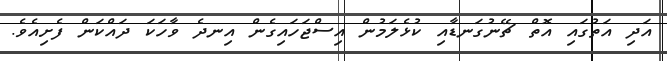
އަދި އަތުގައި އޮތް ޗޭނުގަނޑާއި ކުޅެލަމުން އިސްޖަހައިގެން އިނދެ ވާހަކަ ދައްކަން ފެށިއެވެ.